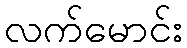
လက်မောင်း